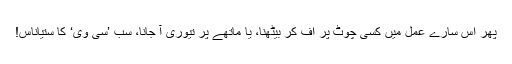
پھر اس سارے عمل میں کسی چوٹ پر اُف کر بیٹھنا، یا ماتھے پر تیوری آ جانا، سب ’سی وی‘ کا ستیاناس!